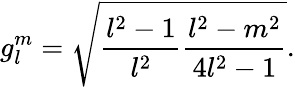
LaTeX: g_{l}^{m}=\sqrt{\frac{l^{2}-1}{l^{2}}\frac{l^{2}-m^{2}}{4l^{2}-1}}.